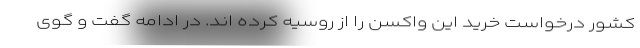
کشور درخواست خرید این واکسن را از روسیه کرده اند. در ادامه گفت و گوی